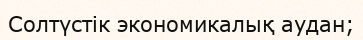
Солтүстік экономикалық аудан;